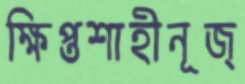
ক্ষিপ্তশাহীনূজ্